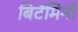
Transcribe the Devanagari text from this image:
बिटॅमिनी